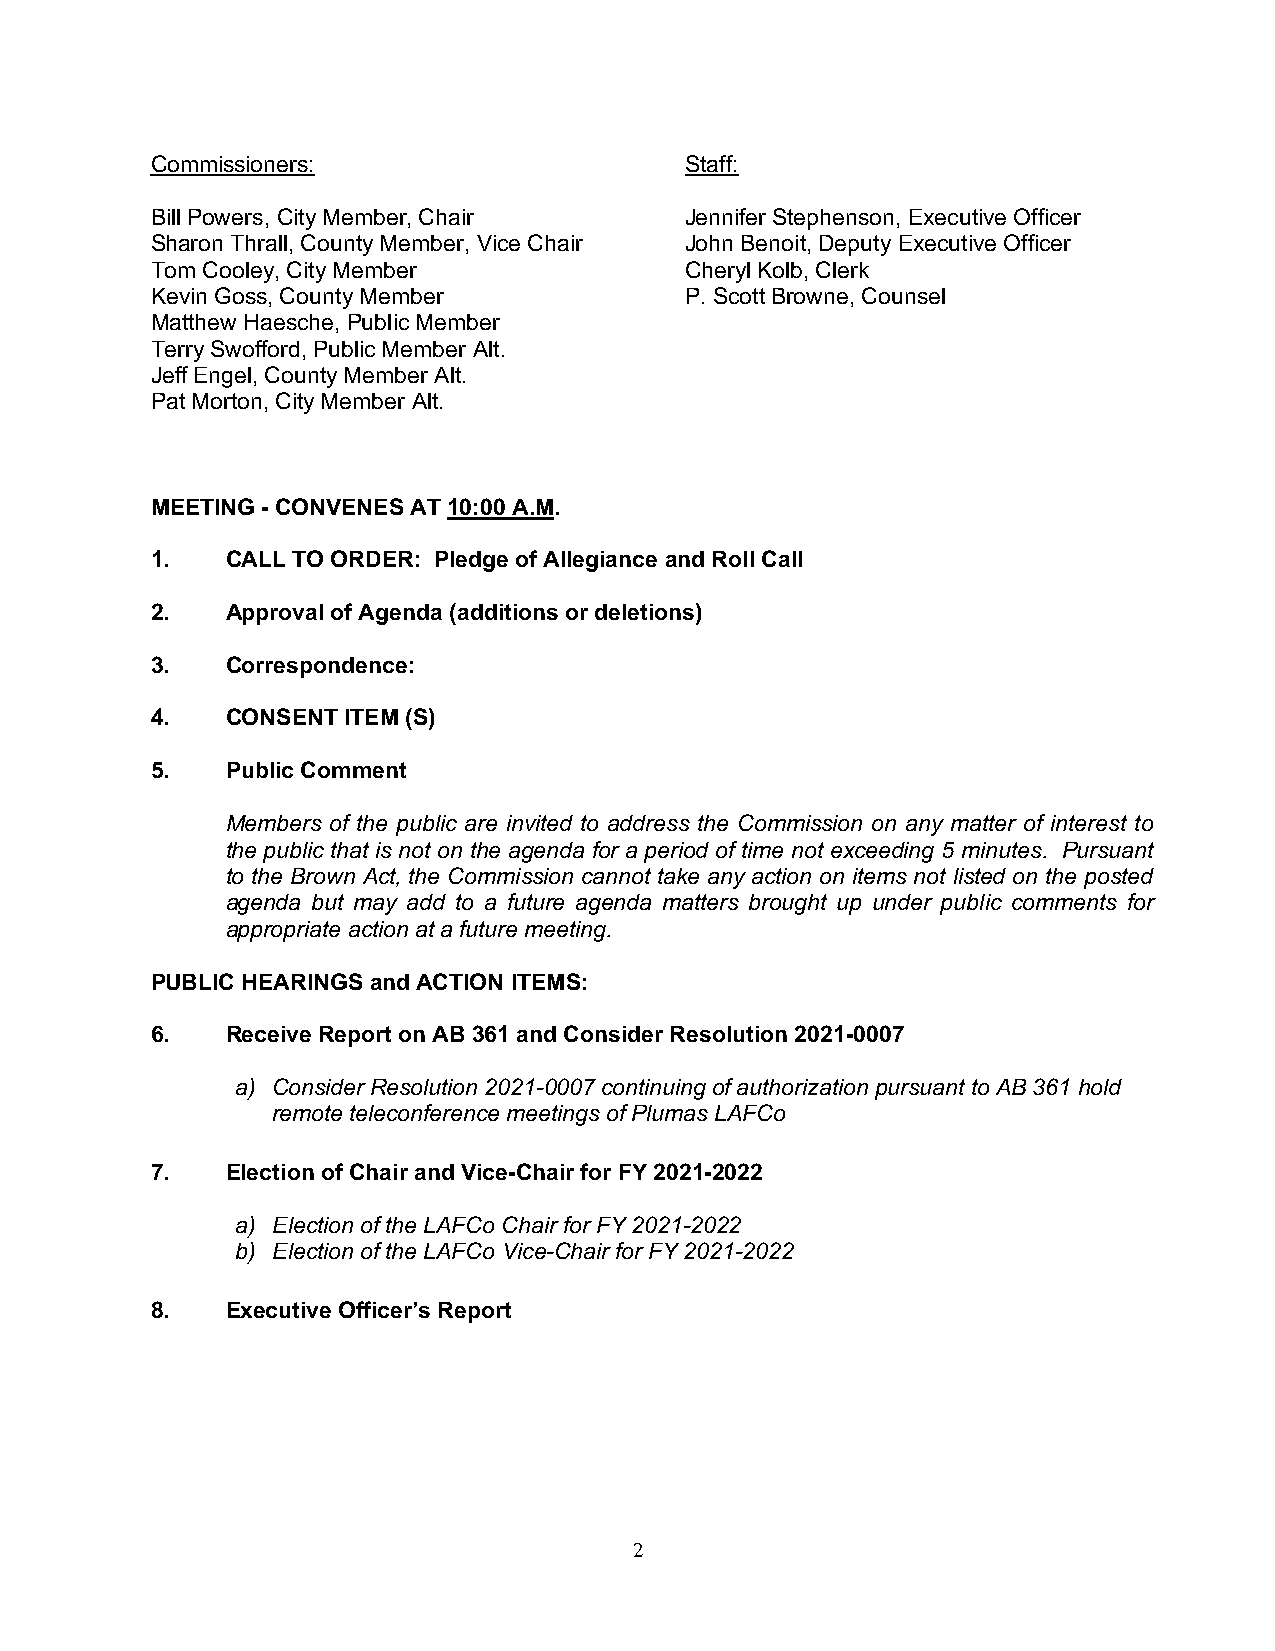
Commissioners:                     Staff:
 Bill Powers, City Member, Chair    Jennifer Stephenson, Executive Officer
 Sharon Thrall, County Member, Vice Chair John Benoit, Deputy Executive Officer
 Tom Cooley, City Member            Cheryl Kolb, Clerk
 Kevin Goss, County Member          P. Scott Browne, Counsel
 Matthew Haesche, Public Member
 Terry Swofford, Public Member Alt.
 Jeff Engel, County Member Alt.
 Pat Morton, City Member Alt.
 MEETING - CONVENES AT 10:00 A.M.
 1.   CALL TO ORDER: Pledge of Allegiance and Roll Call
 2.   Approval of Agenda (additions or deletions)
 3.   Correspondence:
 4.   CONSENT ITEM (S)
 5.   Public Comment
 Members of the public are invited to address the Commission on any matter of interest to
 the public that is not on the agenda for a period of time not exceeding 5 minutes. Pursuant
 to the Brown Act, the Commission cannot take any action on items not listed on the posted
 agenda but may add to a future agenda matters brought up under public comments for
 appropriate action at a future meeting.
 PUBLIC HEARINGS and ACTION ITEMS:
 6.   Receive Report on AB 361 and Consider Resolution 2021-0007
 a) Consider Resolution 2021-0007 continuing of authorization pursuant to AB 361 hold
 remote teleconference meetings of Plumas LAFCo
 7.   Election of Chair and Vice-Chair for FY 2021-2022
 a) Election of the LAFCo Chair for FY 2021-2022
 b) Election of the LAFCo Vice-Chair for FY 2021-2022
 8.   Executive Officer’s Report
 2